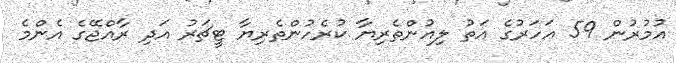
އުމުރުން 59 އަހަރުގެ އަތު ލިއުންތެރިޔާ ކުރެހުންތެރިޔާ ޓީޗަރު އަދި ރާއްޖޭގެ އެންމެ